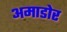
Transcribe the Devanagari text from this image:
अमाडोर